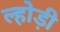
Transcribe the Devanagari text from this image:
ल्होड़ी